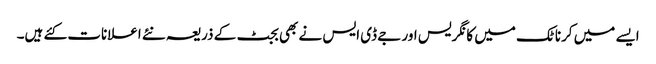
ایسے میں کرناٹک میں کانگریس اور جے ڈی ایس نے بھی بجٹ کے ذریعہ نئے اعلانات کئے ہیں۔